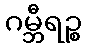
ဂမ္ဘီရဉ္စ